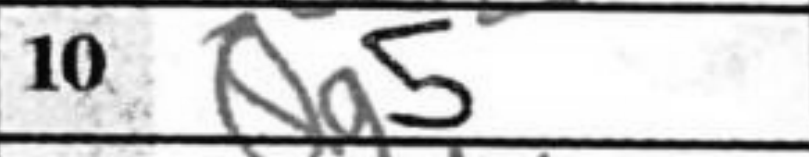
Transcription: Qg5